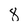
Character: 8